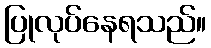
ပြုလုပ်နေရသည်။